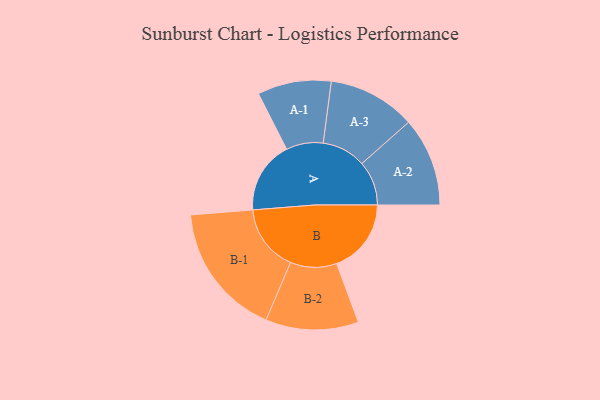
{"axis": {"x": "Segment", "y": "Value"}, "legend": ["", "A", "B"], "data": [{"x": "A", "y": 259, "type": ""}, {"x": "B", "y": 267, "type": ""}, {"x": "A-1", "y": 132, "type": "A"}, {"x": "A-2", "y": 159, "type": "A"}, {"x": "A-3", "y": 157, "type": "A"}, {"x": "B-1", "y": 239, "type": "B"}, {"x": "B-2", "y": 166, "type": "B"}]}